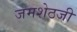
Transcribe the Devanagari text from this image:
जमशेठजी